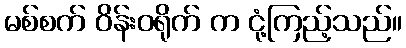
မစ်စက် ဝိန်းဝရိုက် က ငုံ့ကြည့်သည်။